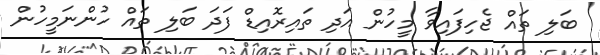
ބަލި ތައް ޖެހިފައިވާ މީހުން އަދި ތައިރޮއިޑް ފަދަ ބަލި ތައް ހުންނަމީހުން